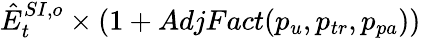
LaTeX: \hat{E}_{t}^{SI,o}\times(1+AdjFact(p_{u},p_{tr},p_{pa}))